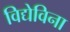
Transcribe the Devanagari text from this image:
विद्येविना